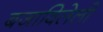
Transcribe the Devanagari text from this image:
बजाविलेली